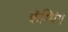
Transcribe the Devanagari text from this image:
कॅम्पिंग